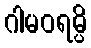
ဂါမဝရမ္ပိ